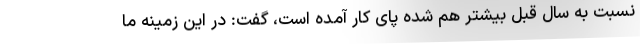
نسبت به سال قبل بیشتر هم شده پای کار آمده است، گفت: در این زمینه ما